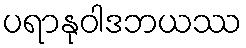
ပရာနုဝါဒဘယဿ